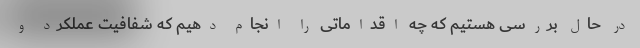
در حال بررسی هستیم که چه اقداماتی را انجام دهیم که شفافیت عملکرد و